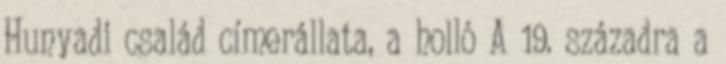
Hunyadi család címerállata, a holló A 19. századra a